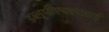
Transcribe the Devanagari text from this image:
डब्लूपीएक्सआई